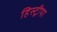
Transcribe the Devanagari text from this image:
हिस्ट्रीया